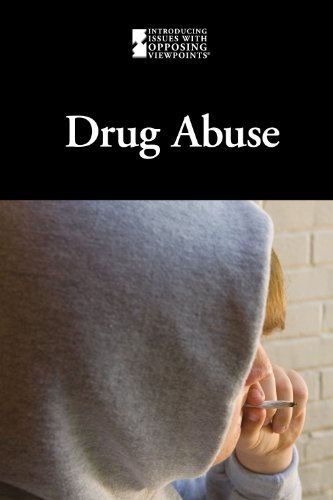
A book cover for Drug Abuse (Introducing Issues With Opposing Viewpoints); Lauri S. Friedman; Teen & Young Adult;